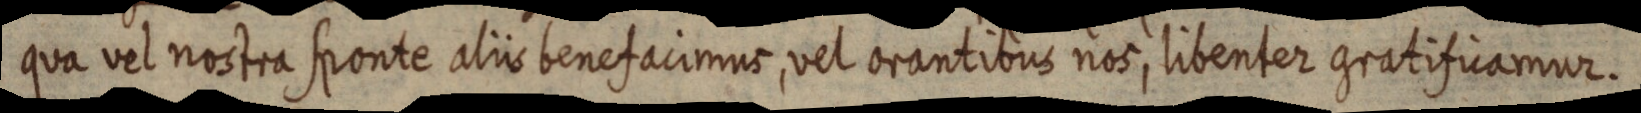
qua vel nostra sponte aliis benefacimus, vel orantibus nos, libenter gratificamur.